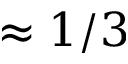
\approx 1 / 3